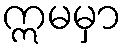
ဣမမှာ